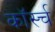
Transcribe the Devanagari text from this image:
कॉर्स्च